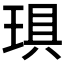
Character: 𤦚